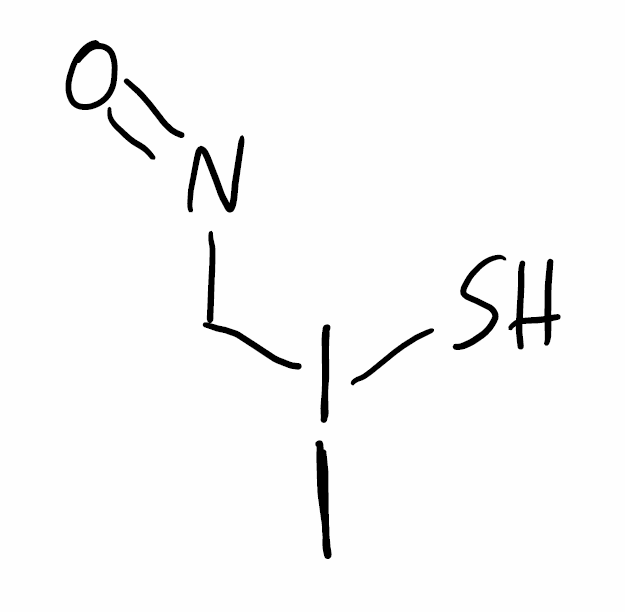
Simplified molecular-input line-entry system (SMILES) notation of the given molecule:
CI(CN=O)S